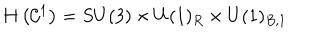
H \left( { \cal C } ^ { 1 } \right) = S U ( 3 ) \times U ( 1 ) _ { R } \times U ( 1 ) _ { B , 1 }